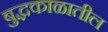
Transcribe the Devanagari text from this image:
बुद्धकाळातील